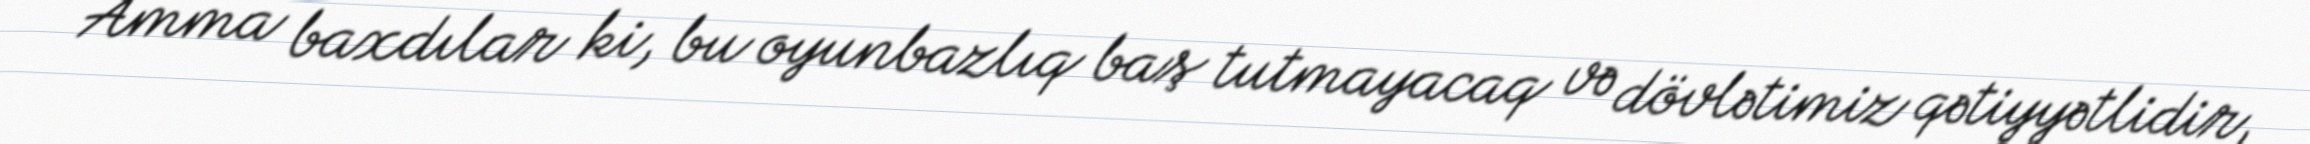
Amma baxdılar ki, bu oyunbazlıq baş tutmayacaq və dövlətimiz qətiyyətlidir,